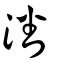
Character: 潘